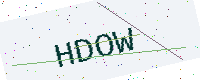
Text: HDOW